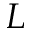
L